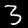
Digit: 3